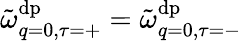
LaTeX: \tilde{\omega}_{q=0,\tau=+}^{\mathrm{dp}}=\tilde{\omega}_{q=0,\tau=-}^{\mathrm{dp}}